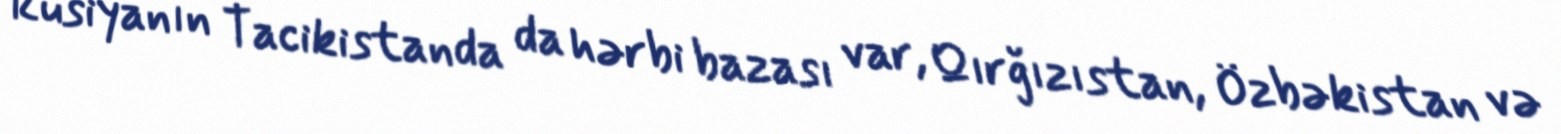
Rusiyanın Tacikistanda da hərbi bazası var, Qırğızıstan, Özbəkistan və